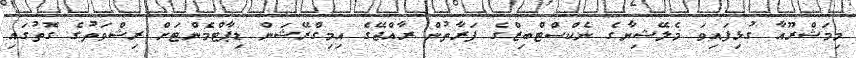
މިމަޝްރޫއާ ގުޅިފައިވަ މެލޭޝިޔާގެ ނެކްސްޓްބިޒްގެ ފަރާތުން ރާއްޖޭގެ އިމިގްރޭޝަން ޑިޕާޓްމެންޓަށް ރިޝްވަތުގެ ގޮތުގައި